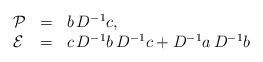
LaTeX: \begin{align*}\begin{array}{lll}{\cal P} & = & b \, D^{-1} c, \\{\cal E} & = & c\, D^{-1} b \, D^{-1} c + D^{-1} a \, D^{-1} b\end{array}\end{align*}